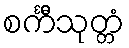
စင်္ကီသုတ္တံ